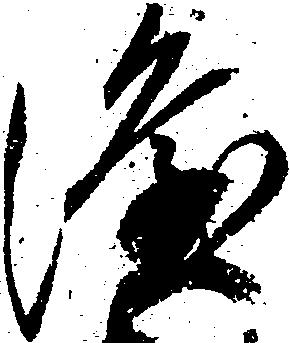
隆